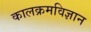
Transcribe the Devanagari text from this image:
कालक्रमविज्ञान